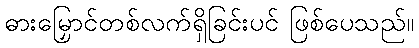
ဓားမြှောင်တစ်လက်ရှိခြင်းပင် ဖြစ်ပေသည်။